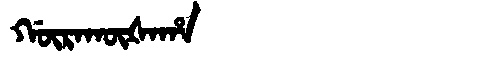
Manchu: ᡤᡡᡵᠠᡴᡡᡧᠠᡥᠠ
Romanization: GŪRAKŪŠAHA